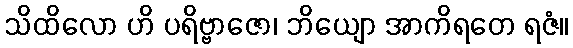
သိထိလော ဟိ ပရိဗ္ဗာဇော၊ ဘိယျော အာကိရတေ ရဇံ။